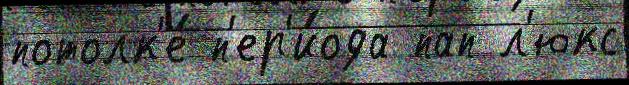
потолк'е́ п'ер'и́ода пап л'юкс